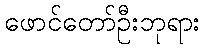
ဖောင်တော်ဦးဘုရား